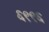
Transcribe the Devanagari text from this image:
६९९६